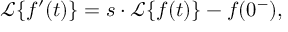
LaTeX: { \mathcal { L } } \{ f ^ { \prime } ( t ) \} = s \cdot { \mathcal { L } } \{ f ( t ) \} - f ( 0 ^ { - } ) ,